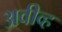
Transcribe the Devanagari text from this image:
अवीव्ह